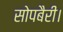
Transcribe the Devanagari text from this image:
सोपबैरी।